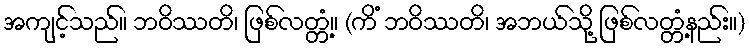
အကျင့်သည်။ ဘဝိဿတိ၊ ဖြစ်လတ္တံ့။ (ကိံ ဘဝိဿတိ၊ အဘယ်သို့ ဖြစ်လတ္တံ့နည်း။)